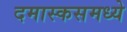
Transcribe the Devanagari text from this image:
दमास्कसमध्ये